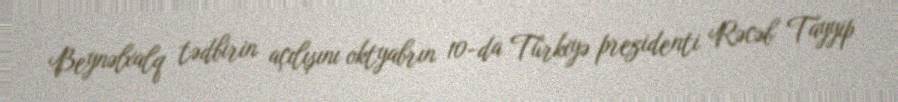
Beynəlxalq tədbirin açılışını oktyabrın 10-da Türkiyə prezidenti Rəcəb Tayyip